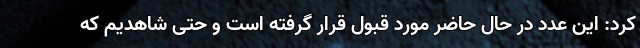
کرد: این عدد در حال حاضر مورد قبول قرار گرفته است و حتی شاهدیم که